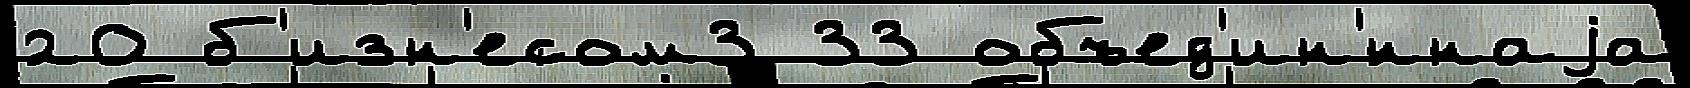
20 б'изн'есом3 33 объед'ин'́ннаjа